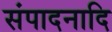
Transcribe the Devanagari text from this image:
संपादनादि